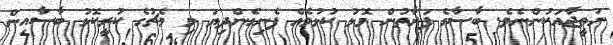
ނަތީޖާއަކުންނެވެ. ބާސާގެ ފަރާތުން މޮޅު ކުޅުމެއް ފެނިގެންދިޔަ މި މެޗުގެ ކުރީކޮޅު ބާސާއިން